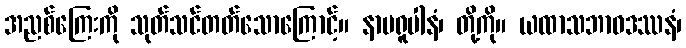
အညစ်ကြေးကို သုတ်သင်တတ်သောကြောင့်။ နာမရူပါနံ၊ တို့ကို။ ယထာသဘာဝဒဿနံ၊